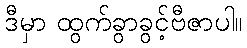
ဒီမှာ ထွက်ခွာခွင့်ဗီဇာပါ။